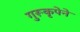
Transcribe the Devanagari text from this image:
गुरूकृपेने